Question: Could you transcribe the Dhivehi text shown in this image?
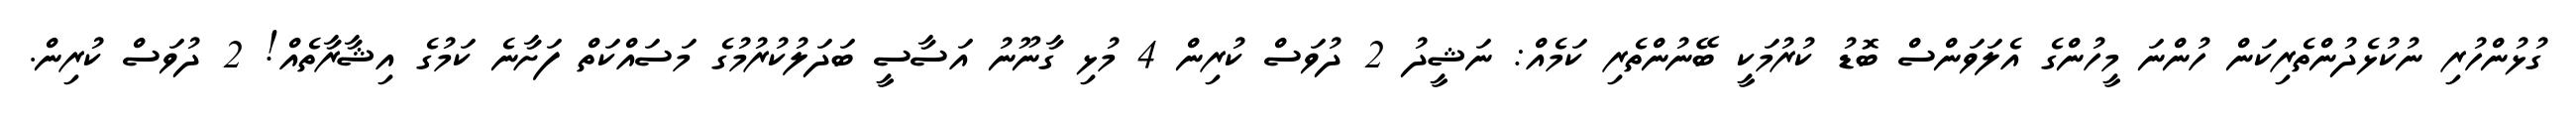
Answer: ގުޅުންހުރި ނުކުޅެދުންތެރިކަން ހުންނަ މީހުންގެ އެލަވަންސް ބޮޑު ކުރުމަކީ ބޭނުންތެރި ކަމެއް: ނަޝީދު 2 ދުވަސް ކުރިން 4 މުޅި ގާނޫނު އަސާސީ ބަދަލުކުރުމުގެ މަސައްކަތް ފަށާނެ ކަމުގެ އިޝާރާތެއް! 2 ދުވަސް ކުރިން.